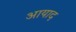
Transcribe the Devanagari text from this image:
आयाद